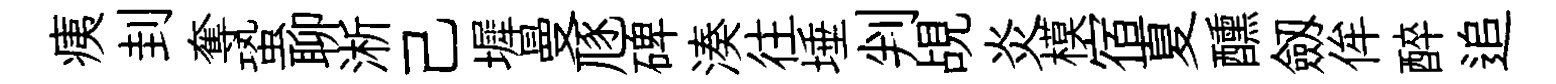
痍刲奪蛩聊淅己墀曼豗碑湊往埵判覘炎模宿夏醺劔侔醉追